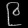
Digit: ၉